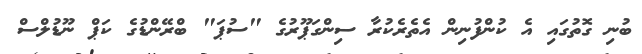
ބުނި ގޮތުގައި އެ ކުންފުނިން އެތެރެކުރާ ސިންގަޕޫރުގެ "ސުޕަ" ބްރޭންޑުގެ ކަޕް ނޫޑުލްސް